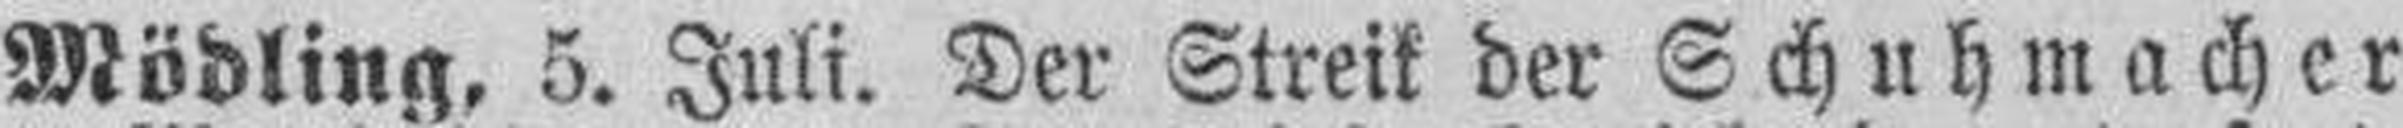
Mödling, 5. Juli. Der Streik der Schuhmacher